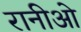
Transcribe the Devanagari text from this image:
रानीओ